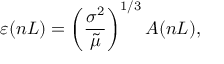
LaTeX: \varepsilon ( n L ) = \left( \frac { \sigma ^ { 2 } } { \tilde { \mu } } \right) ^ { 1 / 3 } A ( n L ) ,